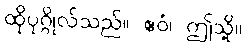
ထိုပုဂ္ဂိုလ်သည်။ ဧဝံ၊ ဤသို့။